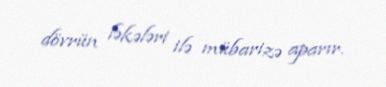
dövrün ləkələri ilə mübarizə aparır.